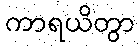
ကာရယိတွာ